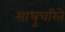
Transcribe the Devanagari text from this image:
साधुचरिते